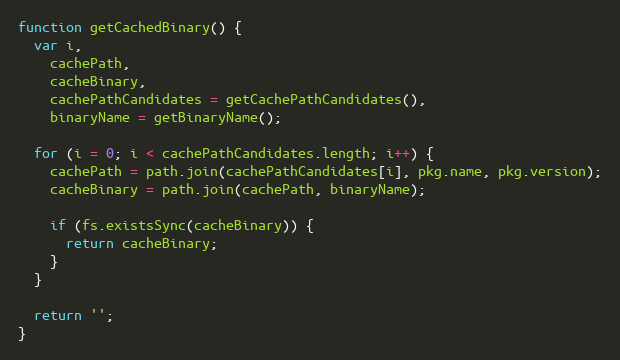
Language: JavaScript
function getCachedBinary() {
  var i,
    cachePath,
    cacheBinary,
    cachePathCandidates = getCachePathCandidates(),
    binaryName = getBinaryName();

  for (i = 0; i < cachePathCandidates.length; i++) {
    cachePath = path.join(cachePathCandidates[i], pkg.name, pkg.version);
    cacheBinary = path.join(cachePath, binaryName);

    if (fs.existsSync(cacheBinary)) {
      return cacheBinary;
    }
  }

  return '';
}